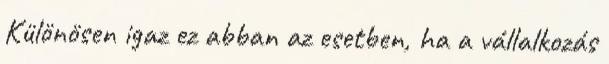
Különösen igaz ez abban az esetben, ha a vállalkozás